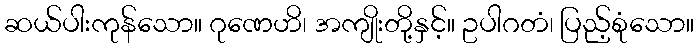
ဆယ်ပါးကုန်သော။ ဂုဏေဟိ၊ အကျိုးတို့နှင့်။ ဥပါဂတံ၊ ပြည့်စုံသော။